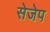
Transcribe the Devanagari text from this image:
सेजेप